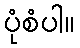
ပုံစံပါ။